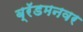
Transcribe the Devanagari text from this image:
ब्रॅडमनवर